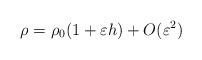
LaTeX: \begin{align*}\rho=\rho_0(1+\varepsilon h)+O(\varepsilon^2)\end{align*}